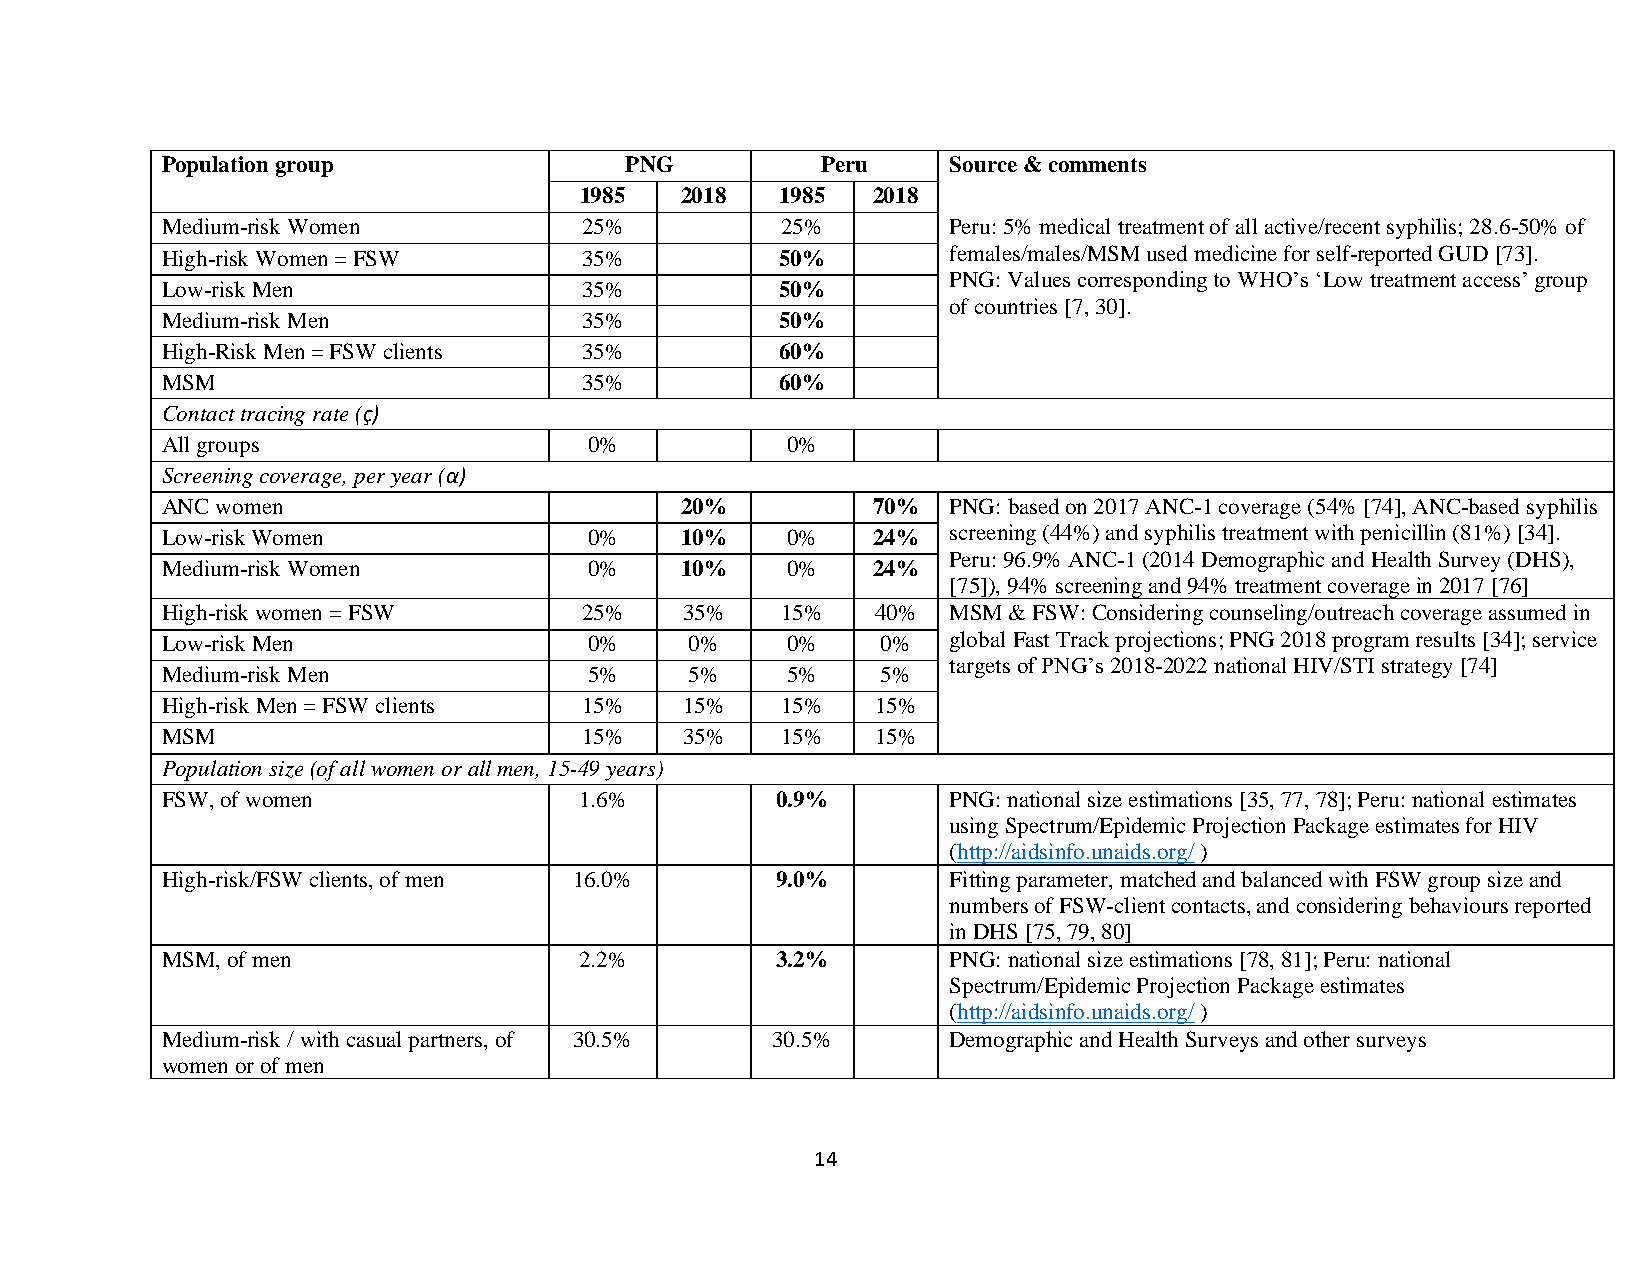
Population group              PNG          Peru     Source & comments
 1985   2018   1985  2018
 Medium-risk Women           25%          25%        Peru: 5% medical treatment of all active/recent syphilis; 28.6-50% of
 High-risk Women = FSW       35%          50%        females/males/MSM used medicine for self-reported GUD [73].
 PNG: Values corresponding to WHO’s ‘Low treatment access’ group
 Low-risk Men                35%          50%
 of countries [7, 30].
 Medium-risk Men             35%          50%
 High-Risk Men = FSW clients 35%          60%
 MSM                         35%          60%
 Contact tracing rate (ç)
 All groups                  0%           0%
 Screening coverage, per year (α)
 ANC women                         20%          70%  PNG: based on 2017 ANC-1 coverage (54% [74], ANC-based syphilis
 Low-risk Women              0%    10%    0%    24%  screening (44%) and syphilis treatment with penicillin (81%) [34].
 Peru: 96.9% ANC-1 (2014 Demographic and Health Survey (DHS),
 Medium-risk Women           0%    10%    0%    24%
 [75]), 94% screening and 94% treatment coverage in 2017 [76]
 High-risk women = FSW       25%   35%    15%   40%  MSM & FSW: Considering counseling/outreach coverage assumed in
 Low-risk Men                0%     0%    0%    0%   global Fast Track projections; PNG 2018 program results [34]; service
 targets of PNG’s 2018-2022 national HIV/STI strategy [74]
 Medium-risk Men             5%     5%    5%    5%
 High-risk Men = FSW clients 15%   15%    15%   15%
 MSM                         15%   35%    15%   15%
 Population size (of all women or all men, 15-49 years)
 FSW, of women              1.6%         0.9%        PNG: national size estimations [35, 77, 78]; Peru: national estimates
 using Spectrum/Epidemic Projection Package estimates for HIV
 (http://aidsinfo.unaids.org/ )
 High-risk/FSW clients, of men 16.0%     9.0%        Fitting parameter, matched and balanced with FSW group size and
 numbers of FSW-client contacts, and considering behaviours reported
 in DHS [75, 79, 80]
 MSM, of men                2.2%         3.2%        PNG: national size estimations [78, 81]; Peru: national
 Spectrum/Epidemic Projection Package estimates
 (http://aidsinfo.unaids.org/ )
 Medium-risk / with casual partners, of 30.5% 30.5%  Demographic and Health Surveys and other surveys
 women or of men
 14